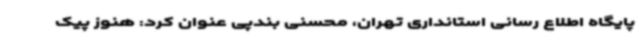
پایگاه اطلاع رسانی استانداری تهران، محسنی بندپی عنوان کرد: هنوز پیک